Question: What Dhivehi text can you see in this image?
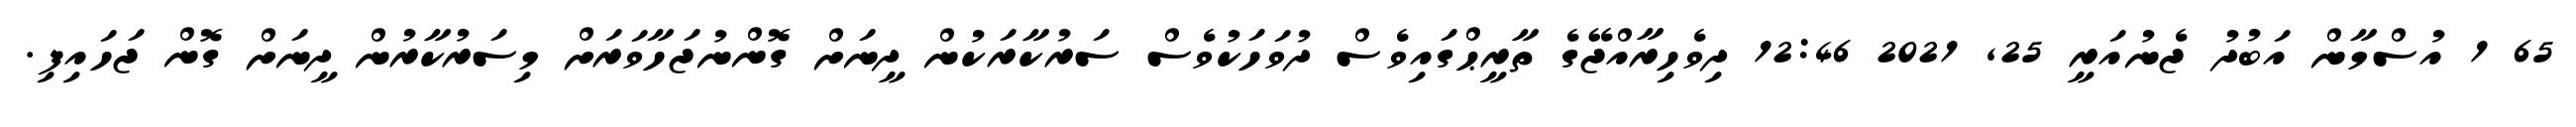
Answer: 65 1 އުސްމާން އަބުދު ޖެނުއަރީ 25, 2021 12:46 ދިވެހިރާއްޖޭގެ ތާރީޙްގައިވެސް ދުވަހަކުވެސް ސަރުކާރަކުން ދީނަށް ގޮންނުޖަހާވަރަށް މިސަރުކާރުން ދީނަށް ގޮން ޖަހައިފި.